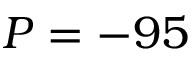
P = - 9 5